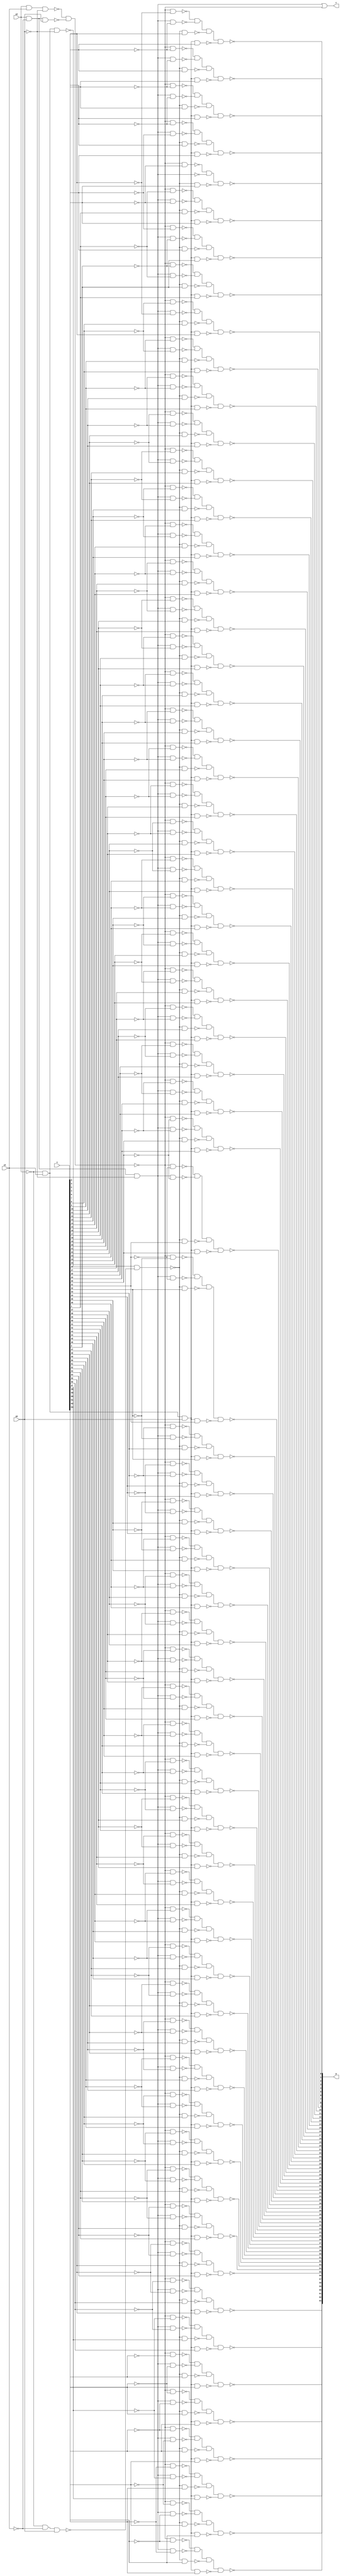
module booth(
	input [63:0] x,
	input y0,
	input y1,
	input y2,
	output c,
	output [63:0] p
	);
wire sub_x;
wire add_x;
wire sub_2x;
wire add_2x;
wire zero= 1'd0;
assign sub_x = ~(~(y2&y1&~y0)&~(y2&~y1&y0));
assign add_x = ~(~(~y2&y1&~y0)&~(~y2&~y1&y0));
assign sub_2x = ~(~(y2&~y1&~y0));
assign add_2x = ~(~(~y2&y1&y0));

assign p[0] = ~(~(sub_x&~x[0])&~(sub_2x&~zero)&~(add_x&x[0])&~(add_2x&zero));
genvar gi;
generate
    for(gi = 1;gi <64;gi = gi + 1) begin
        assign p[gi] =  ~(~(sub_x&~x[gi])&~(sub_2x&~x[gi-1])&~(add_x&x[gi])&~(add_2x&x[gi-1]));
    end
endgenerate
assign c = sub_2x|sub_x;
endmodule